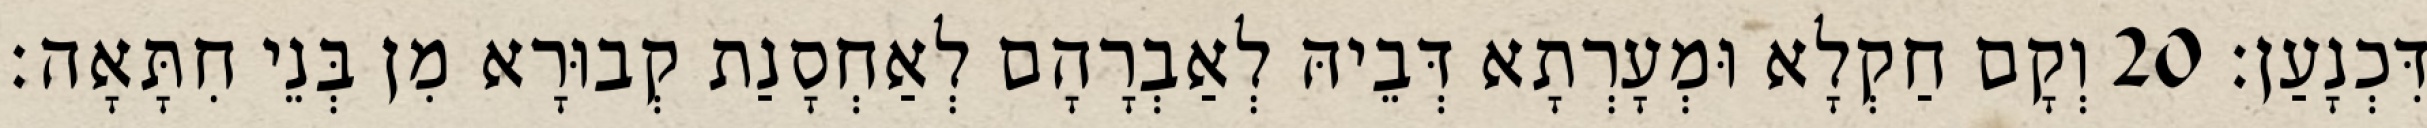
דִּכְנָעַן׃ 20 וְקָם חַקְלָא וּמְעָרְתָא דְּבֵיהּ לְאַבְרָהָם לְאַחְסָנַת קְבוּרָא מִן בְּנֵי חִתָּאָה׃